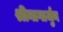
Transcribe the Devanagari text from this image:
श्रीनागार्जुन